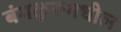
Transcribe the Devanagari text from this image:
बंगळुरूमधील